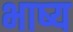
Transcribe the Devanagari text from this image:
भाष्‍य